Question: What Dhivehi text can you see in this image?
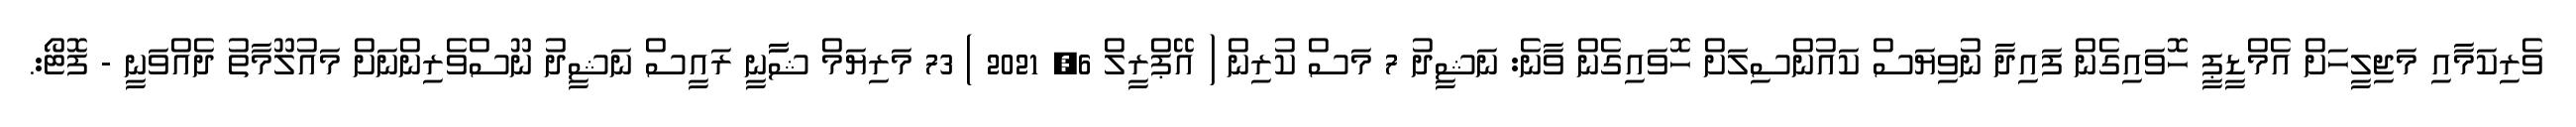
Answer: ވެރިކަމާއި މަޖިލީހަށް އެމްޑީޕީ ހޮވައިގެން ފައިދާ ނުވިޔަސް ކައުންސިލަށް ހޮވައިގެން ވާނެ: ނަޝީދު 7 މަސް ކުރިން ( އޭޕްރީލް 6, 2021 ) 73 މަރިޔަމް ޝާާނީ ރައީސް ނަޝީދު ނޫސްވެރިންނަށް މައުލޫމާތު ދެއްވަނީ - ފޮޓޯ:.